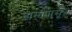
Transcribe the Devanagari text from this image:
नामापासून